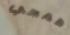
همجي